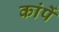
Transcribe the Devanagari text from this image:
कांपें